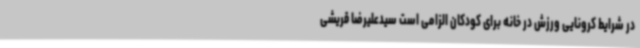
در شرایط کرونایی ورزش در خانه برای کودکان الزامی است سیدعلیرضا قریشی